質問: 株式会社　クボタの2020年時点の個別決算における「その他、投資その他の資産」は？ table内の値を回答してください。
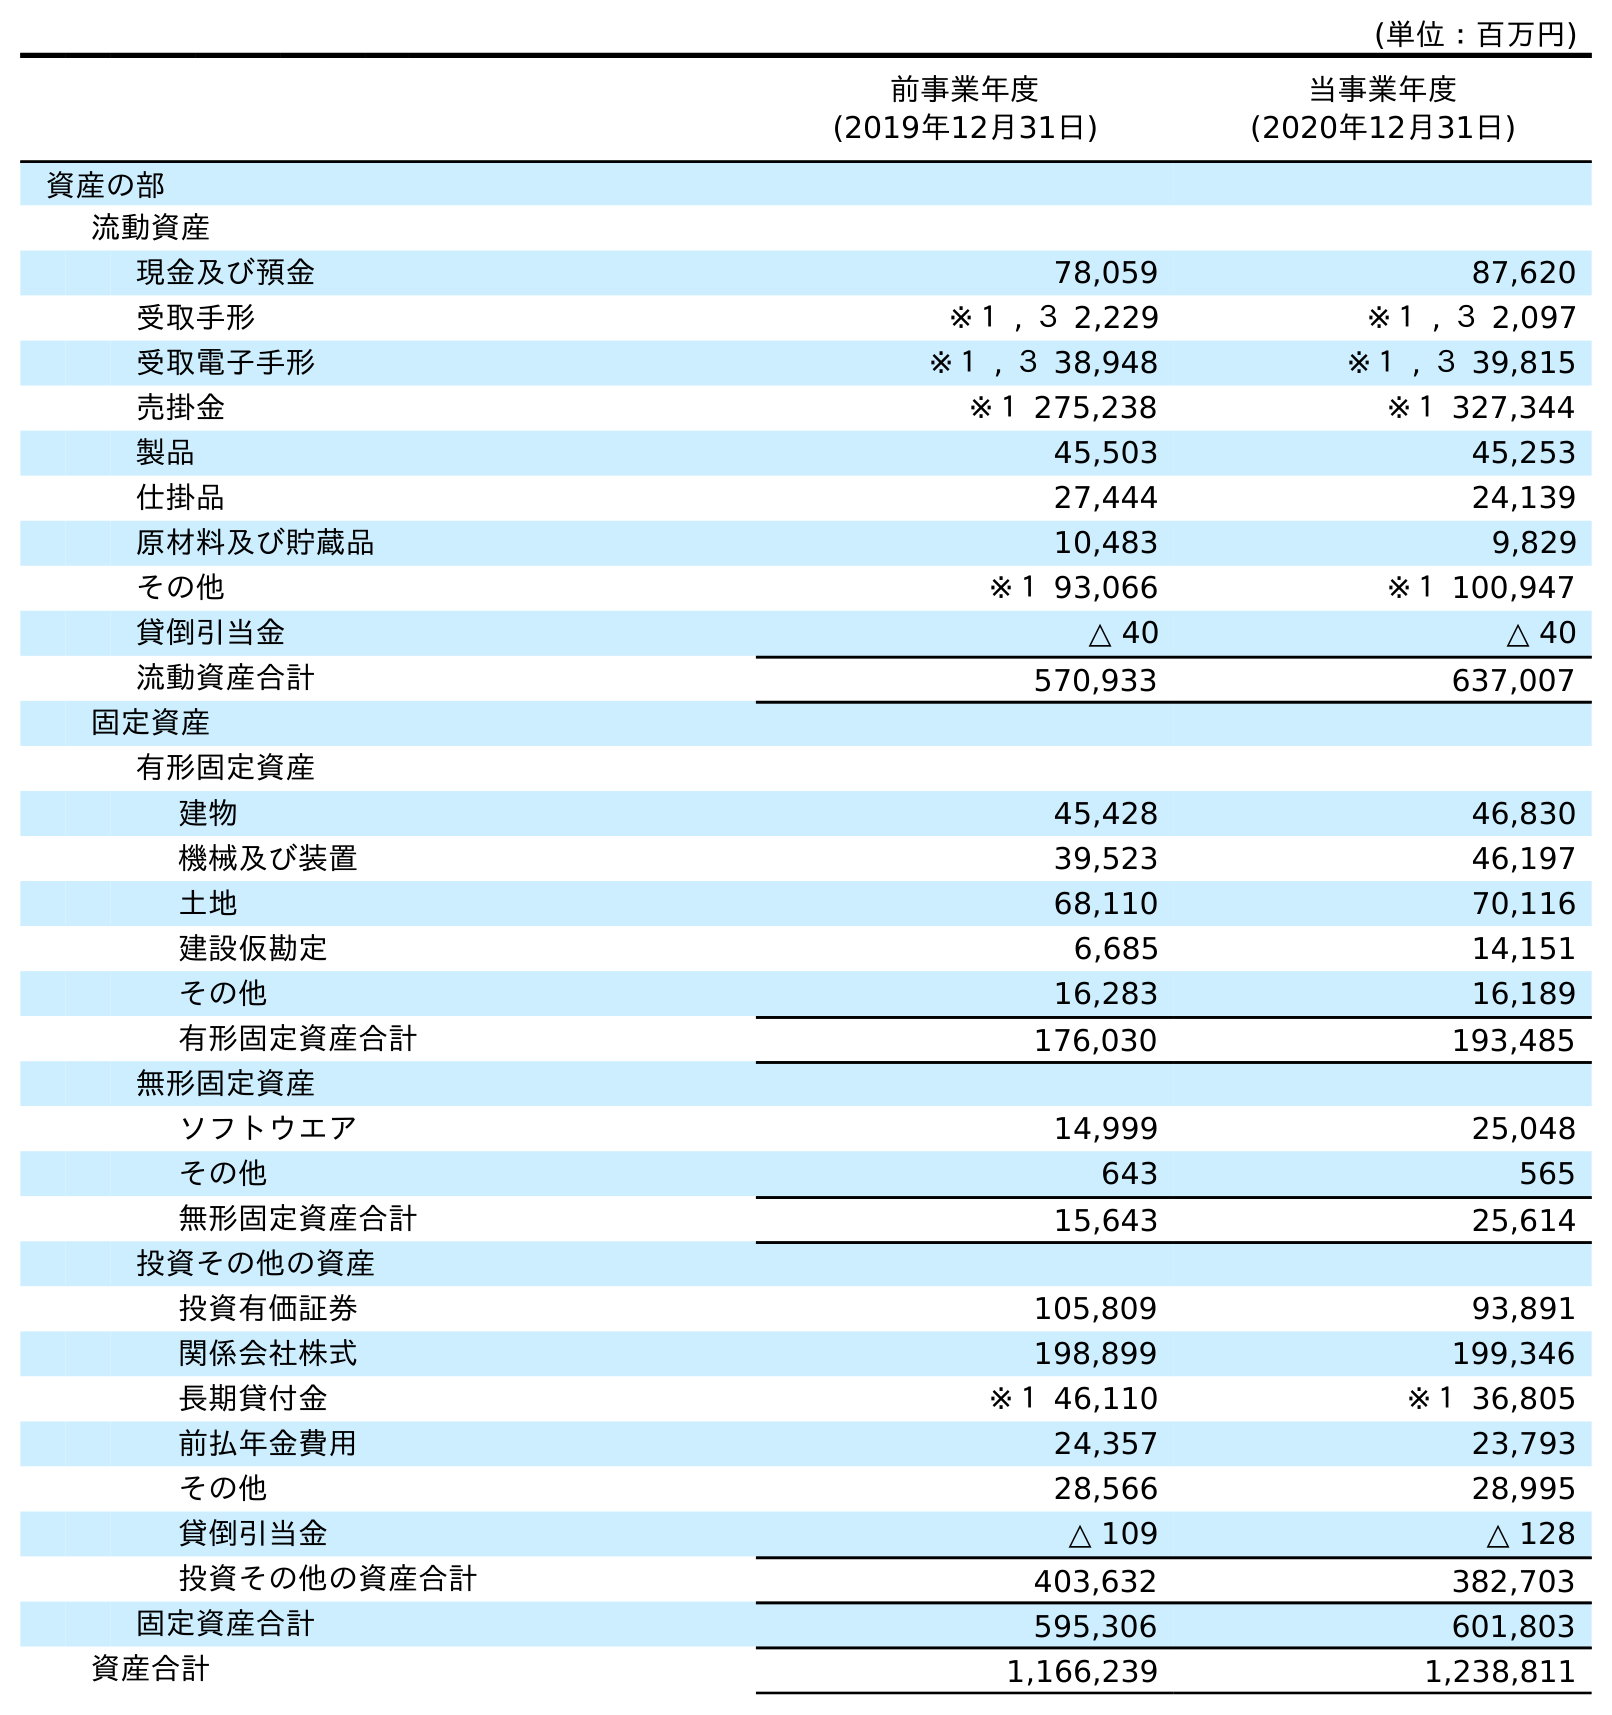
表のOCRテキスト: (単位：百万円) 前事業年度 (2019年12月31日) 当事業年度 (2020年12月31日) 資産の部 流動資産 現金及び預金 78,059 87,620 受取手形 ※１ , ３ 2,229 ※１ , ３ 2,097 受取電子手形 ※１ , ３ 38,948 ※１ , ３ 39,815 売掛金 ※１ 275,238 ※１ 327,344 製品 45,503 45,253 仕掛品 27,444 24,139 原材料及び貯蔵品 10,483 9,829 その他 ※１ 93,066 ※１ 100,947 貸倒引当金 △ 40 △ 40 流動資産合計 570,933 637,007 固定資産 有形固定資産 建物 45,428 46,830 機械及び装置 39,523 46,197 土地 68,110 70,116 建設仮勘定 6,685 14,151 その他 16,283 16,189 有形固定資産合計 176,030 193,485 無形固定資産 ソフトウエア 14,999 25,048 その他 643 565 無形固定資産合計 15,643 25,614 投資その他の資産 投資有価証券 105,809 93,891 関係会社株式 198,899 199,346 長期貸付金 ※１ 46,110 ※１ 36,805 前払年金費用 24,357 23,793 その他 28,566 28,995 貸倒引当金 △ 109 △ 128 投資その他の資産合計 403,632 382,703 固定資産合計 595,306 601,803 資産合計 1,166,239 1,238,811
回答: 28,995